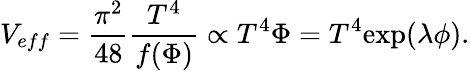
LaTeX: V_{eff}=\frac{\pi^{2}}{48}\frac{T^{4}}{f(\Phi)}\propto T^{4}\Phi=T^{4}\mathrm{exp}(\lambda\phi).